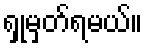
ရှုမှတ်ရမယ်။